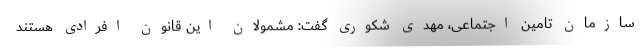
سازمان تامین اجتماعی، مهدی شکوری گفت: مشمولان این قانون افرادی هستند